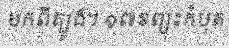
មកពីត្បូង។ ១៧ខព្យុះកំបុត